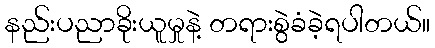
နည်းပညာခိုးယူမှုနဲ့ တရားစွဲခံခဲ့ရပါတယ်။